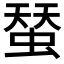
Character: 蝅